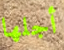
أجلها